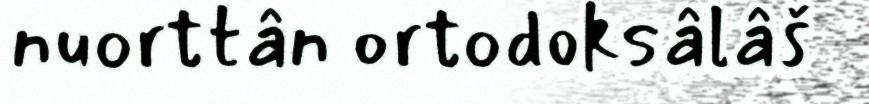
nuorttân ortodoksâlâš